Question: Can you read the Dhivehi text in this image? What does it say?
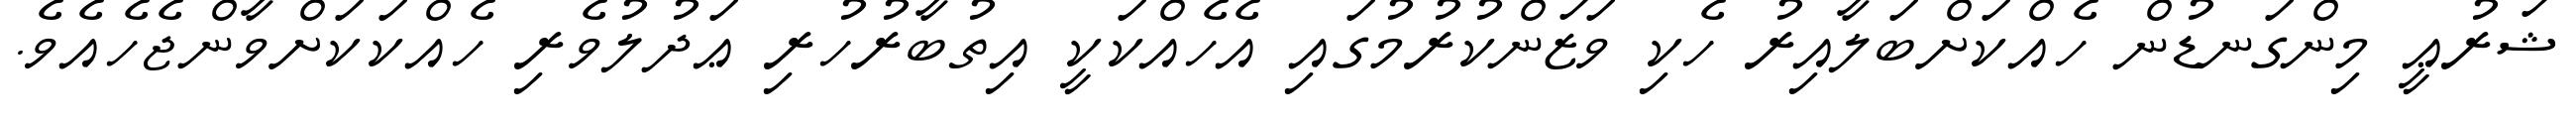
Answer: ޝަރުޢީ މިންގަނޑުން ހެއްކަށްބަލާއިރު ހެކި ވަޒަންކުރުމުގައި އެހެއްކަކީ އިތުބާރުހުރި ޢަދުލުވެރި ހެއްކަކަށްވާންޖެހެއެވެ.